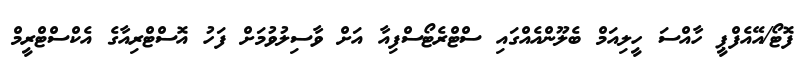
ފޮޓޯ/އޭއެފްޕީ ހާއްސަ ހީލިއަމް ބެލޫންއެއްގައި ސްޓްރެޓޯސްފިއާ އަށް ވާސިލުވުމަށް ފަހު އޮސްޓްރިއާގެ އެކްސްޓްރީމް